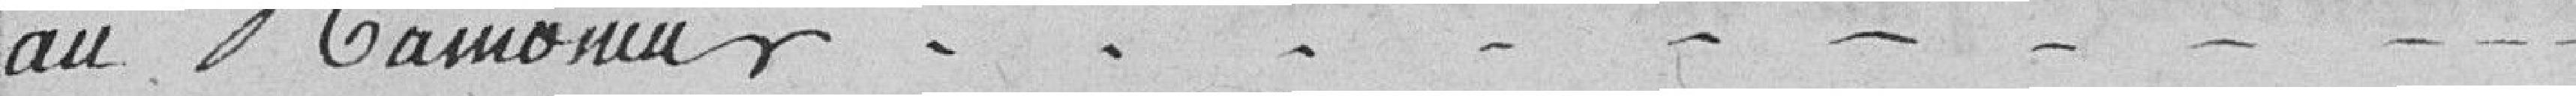
au ramoneur